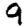
Digit: 9